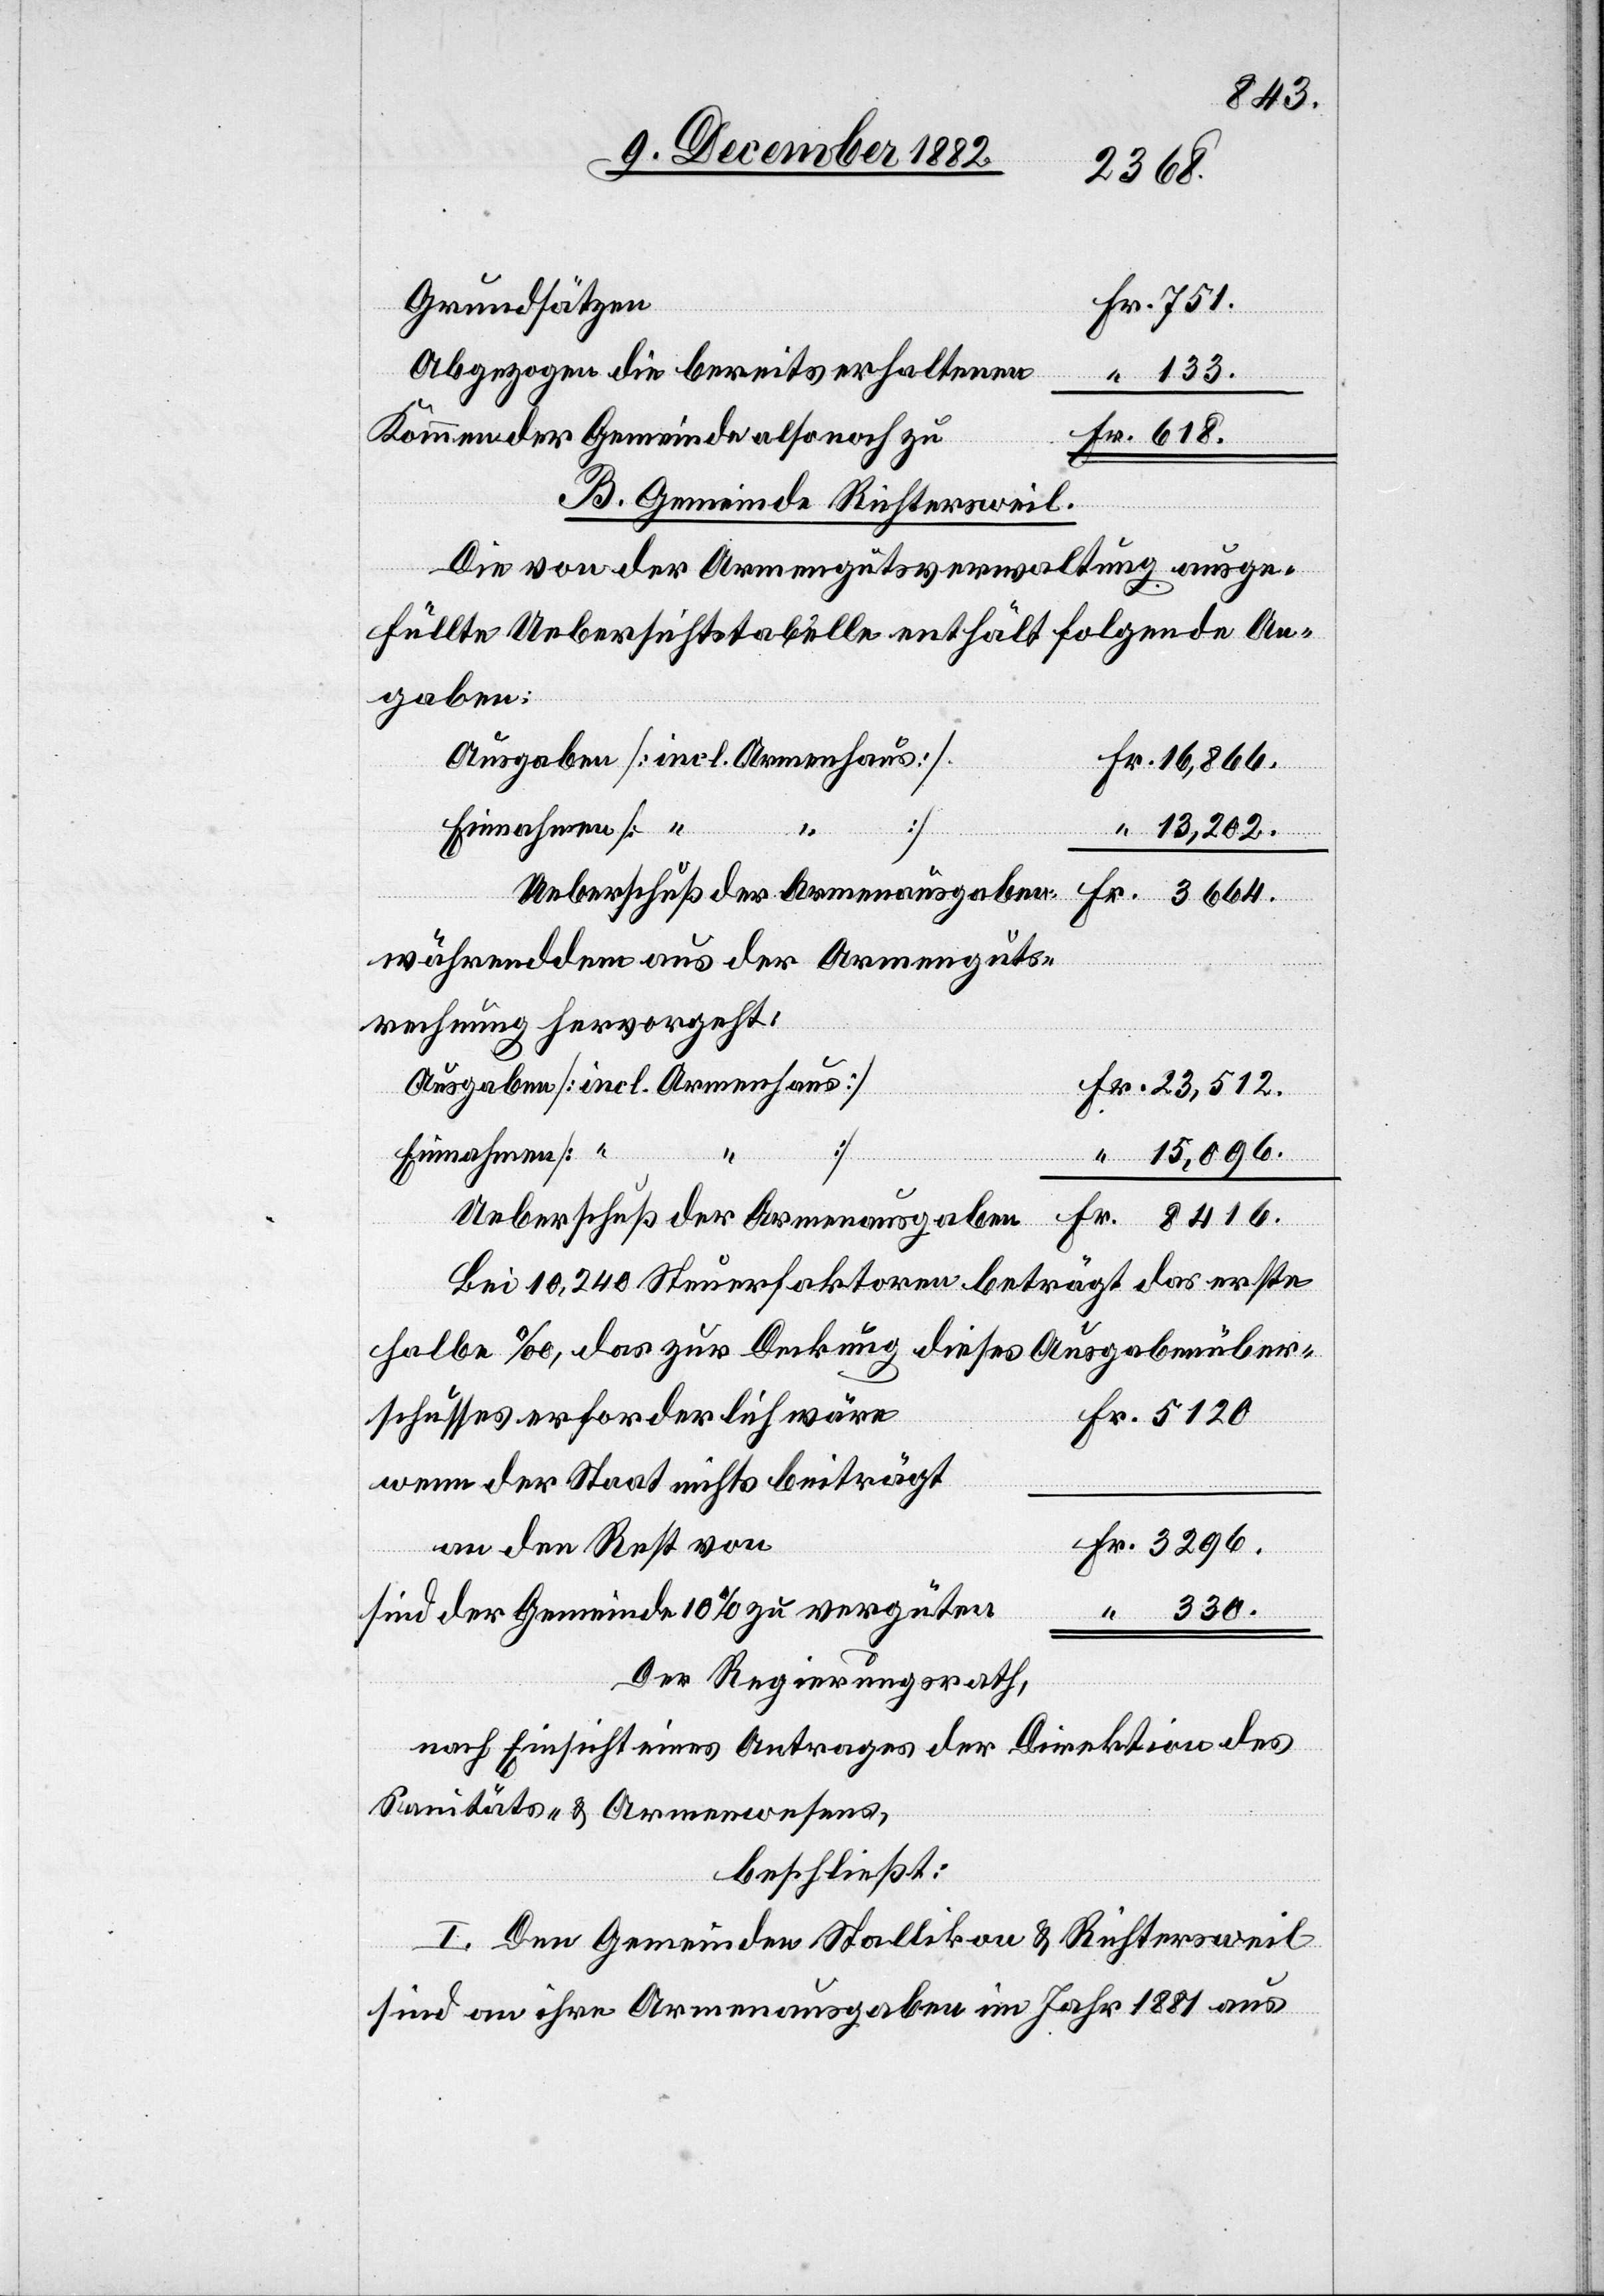
330.
3296.
Grundsätzen
Abgezogen die bereits erhaltenen
“
Kommen der Gemeinde also noch zu
B. Gemeinde Richtersweil.
Die von der Armengutsverwaltung ausge¬
füllte Uebersichtstabelle enthält folgende An¬
gaben:
Ausgaben [incl. Armenhaus]
Fr.
Einnahmen [ “
“
618.
13,202.
währenddem aus der Armenguts¬
rechnung hervorgeht:
Bei 10,240 Steuerfaktoren beträgt das erste
halbe ‰, das zur Deckung dieses Ausgabenüber¬
schusses erforderlich wäre
wenn der Staat nichts beiträgt
an den Rest von
sind der Gemeinde 10% zu vergüten
Der Regierungsrath,
nach Einsicht eines Antrages der Direktion des
Sanitäts- & Armenwesens,
beschließt:
I. Den Gemeinden Stallikon & Richtersweil
sind an ihre Armenausgaben im Jahr 1881 aus